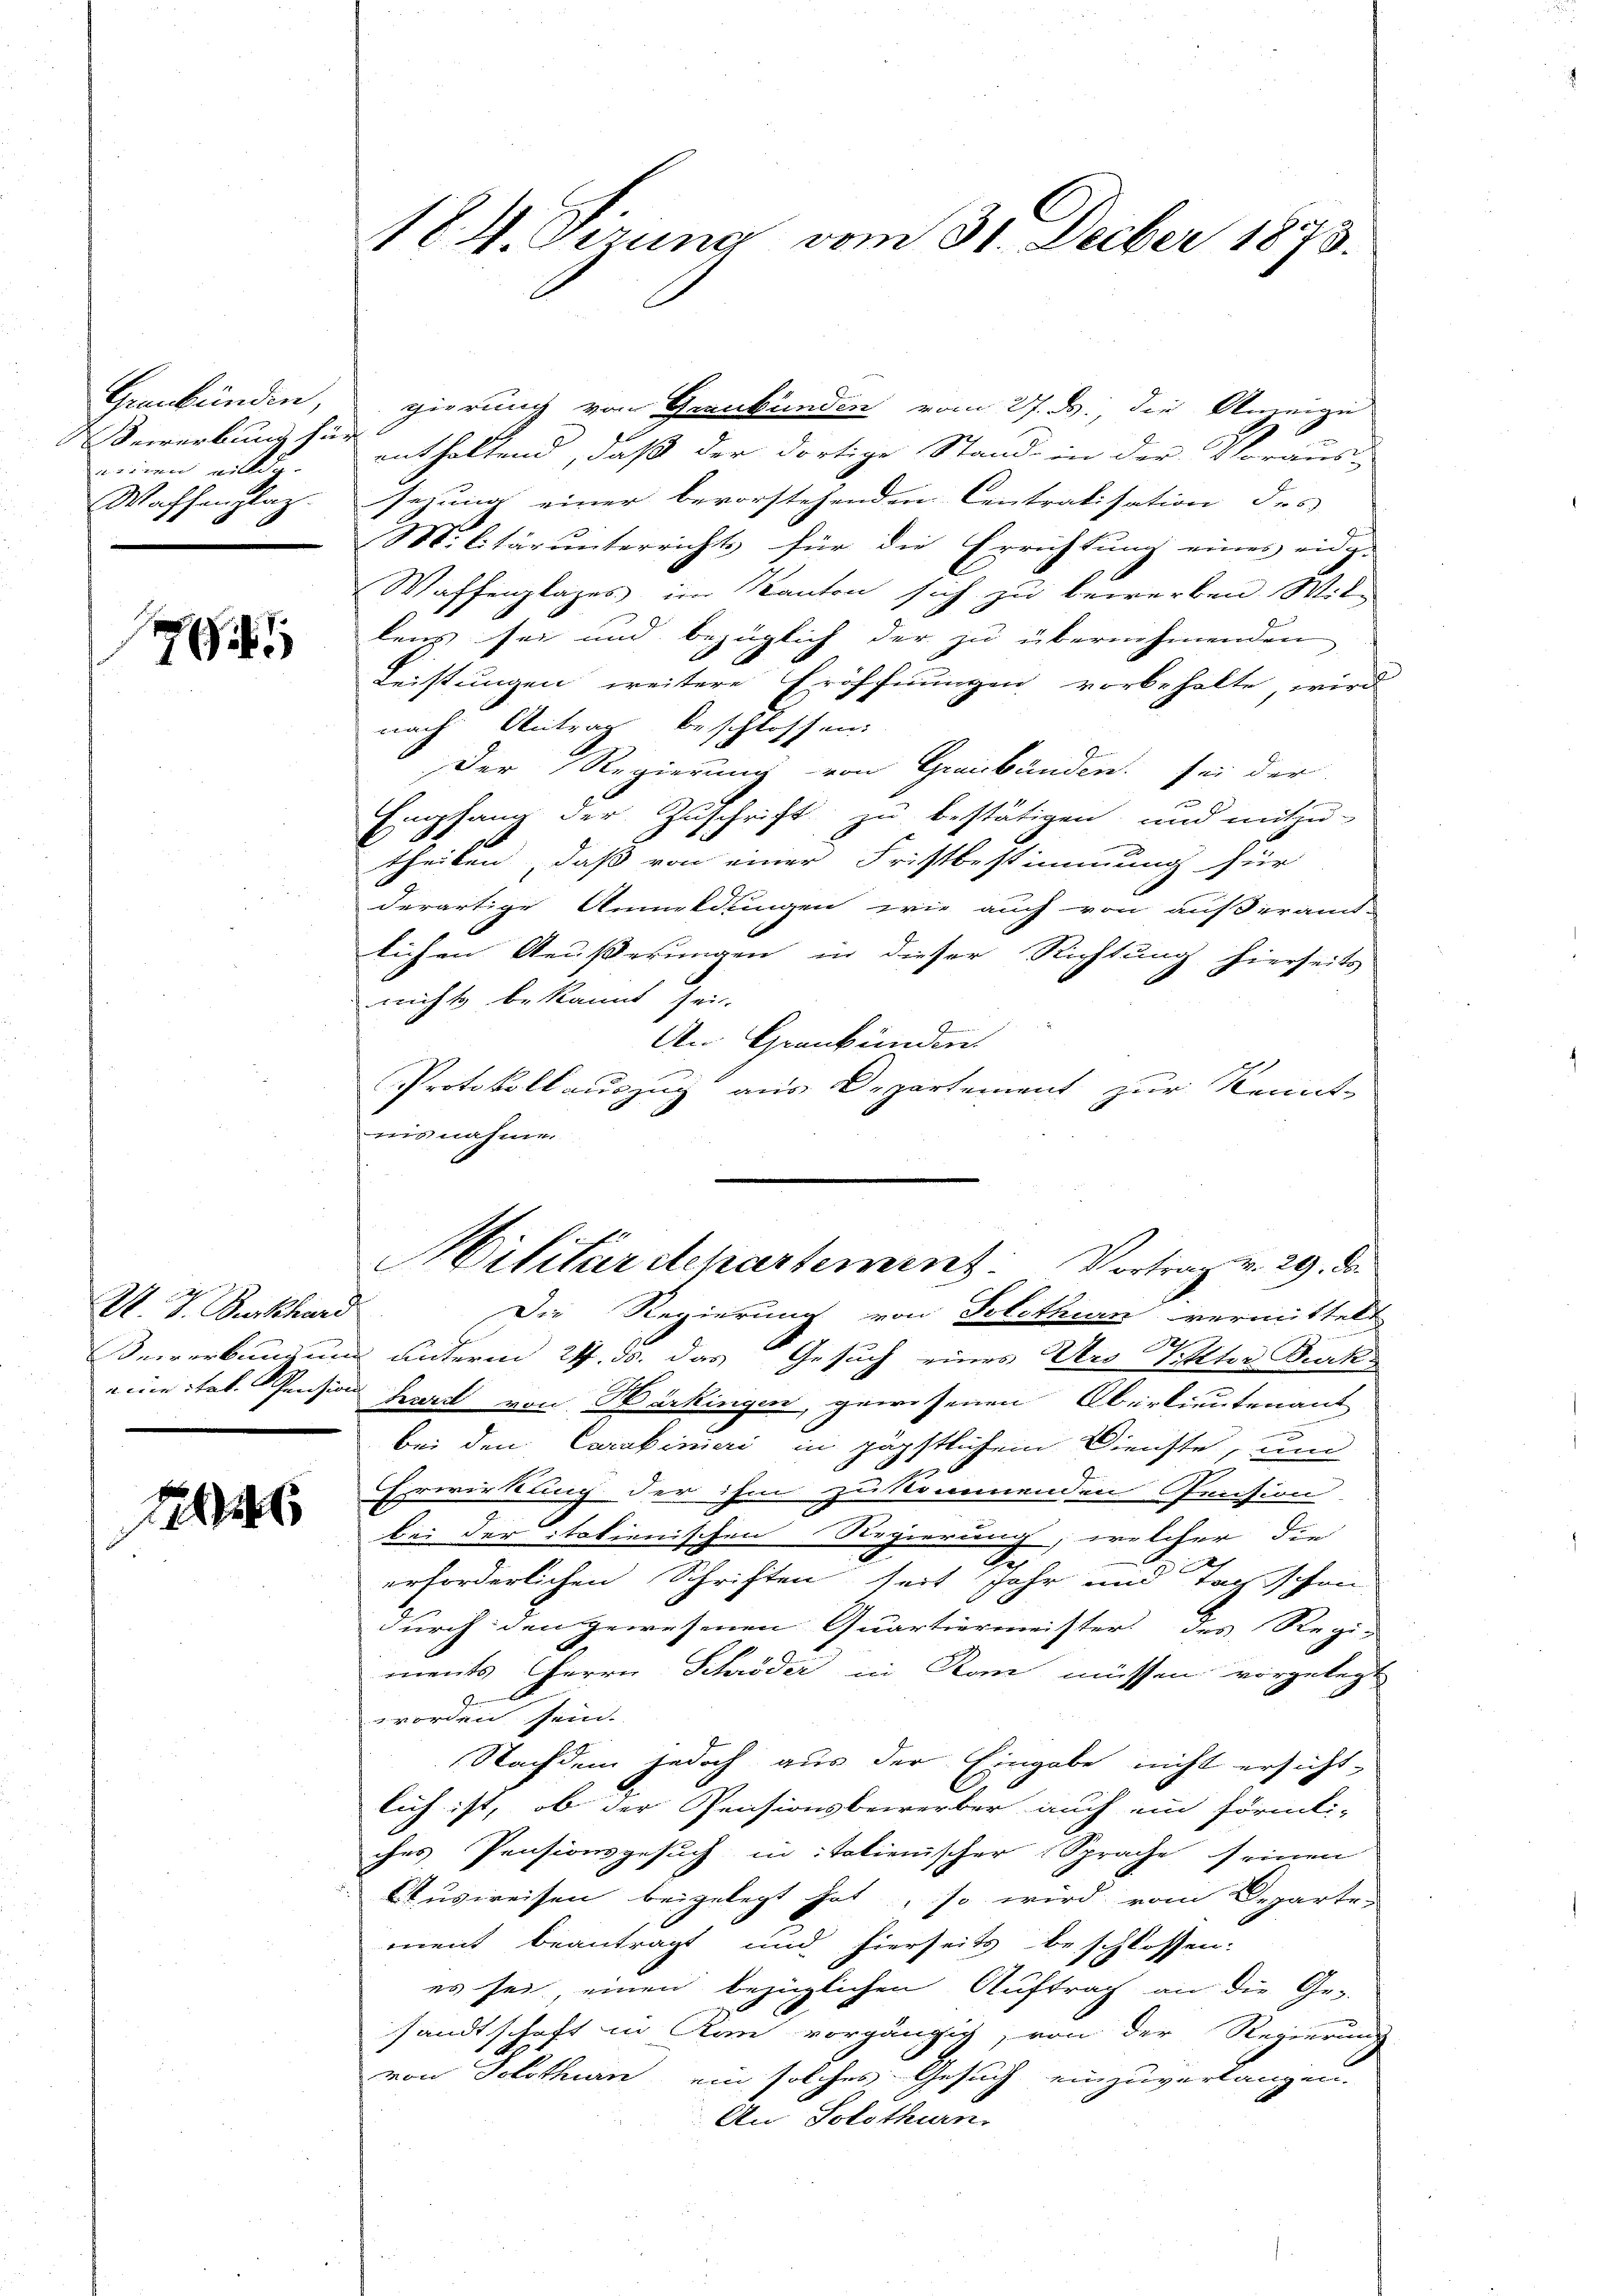
Graubünden,
Bewerbung zu
weinen nich
Wachsenplaz

7

U. G. Burkhard
eine Stat. Pension

S

184. Gerung vom 31. Decber 1873.

gierung von Graubünden vom 27. ds., die Anzeige
enthaltend, daß der dortige Stand in der Voraus-
sezung einer bevorstehenden Centratisation des
Militär unterrichts für die Errichtung eines eidg-
Waffenplages im Kanton sich zu bewerben. Wil-
lens sei und bezüglich der zu übernehmenden
Leistungen weitere Eröffnungen vorbehalte wird
nach Antrag beschlossen.
Der Regierung von Graubünden sei der
Empfang der Zuschrift zu bestätigen, und mitzŭ-
theilen, daß von einer Fristbestimmung für
derartige Anmeldungen wie auch von außeramt-
lichen Aeußerungen in dieser Richtung hierseits
nichts bekannt sei.
An Grankunden
Protokollauszug aus Departement zur Kennt
nisnahme.
Bewerbungung unterm 24. ds. das Gesuch eines Vers Pitter Burk
hard von Bärkingen, gewesenen Oberlieutenant
e
bei den Carabinieri in päpstlichem Dienste, um
Erwirkung der ihm zukommenden Pension
bei der italienischen Regierung, welcher die
s
erforderlichen Schriften seit Jahr und Tag schon
durch den gewesenen Quartiermeister des Regie
ments Herrn Schröder in Kan müssen vorgelegt
worden sein. |
Nachdem jedoch aus der Eingabe nicht ersicht-
lich ist, ob der Pensionsbewerber auch ein förmli-
ches Pensionsgesuch in italienischer Sprache seinen
Ausweisen beigelegt hat, so wird vom Departe
ment beantragt und hierseits beschlossen:
es sei, einen bezüglichen Auftrag an die Ge-
sandtschaft in Kan vorgängig, von der Regierung
von Solothurn, ein solches Gesuch einzuverlangen.
An Solothurn.

Militärdepartement: Vortrag v. 29. De
Die Regierung von Polithurn vermittelt